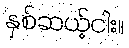
နှစ်ဆယ့်ငါး။